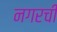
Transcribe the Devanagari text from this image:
नगरची